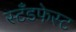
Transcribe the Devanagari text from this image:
स्टँडफेस्ट